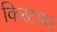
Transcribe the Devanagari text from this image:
किस्टापर